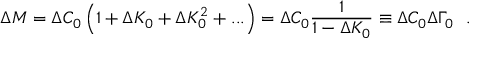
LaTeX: \Delta M = \Delta C _ { 0 } \left( 1 + \Delta K _ { 0 } + \Delta K _ { 0 } ^ { 2 } + . . . \right) = \Delta C _ { 0 } \frac { 1 } { 1 - \Delta K _ { 0 } } \equiv \Delta C _ { 0 } \Delta \Gamma _ { 0 } \: \: \: .